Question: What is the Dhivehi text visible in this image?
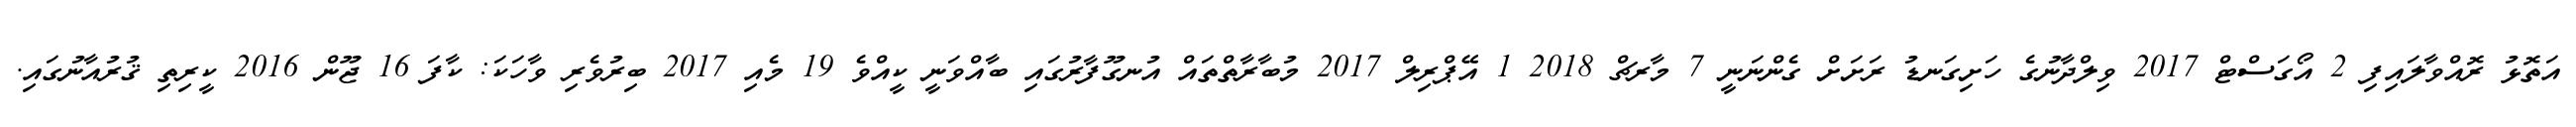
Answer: އަތޮޅު ރޮއްވާލައިފި 2 އޯގަސްޓް 2017 ވިލްދާނުގެ ހަށިގަނޑު ރަށަށް ގެންނަނީ 7 މާރޗް 2018 1 އޭޕްރިލް 2017 މުބާރާތްތައް އުނގޫފާރުގައި ބާއްވަނީ ކީއްވެ 19 މެއި 2017 ބިރުވެރި ވާހަކަ: ކާފަ 16 ޖޫން 2016 ކީރިތި ޤުރުއާނުގައި.